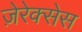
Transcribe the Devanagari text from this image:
ज़ेरेक्सेस